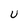
Character: U